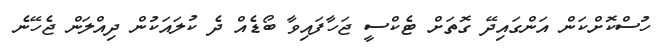
ހުސްކޮށްކަން އަންގައިދޭ ގޮތަށް ޓެކްސީ ޖަހާފައިވާ ބޯޑެއް ދެ ކުލައަކުން ދިއްލަން ޖެހޭނެ